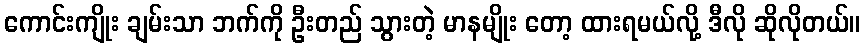
ကောင်းကျိုး ချမ်းသာ ဘက်ကို ဦးတည် သွားတဲ့ မာနမျိုး တော့ ထားရမယ်လို့ ဒီလို ဆိုလိုတယ်။